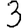
Digit: 3